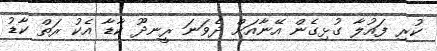
ކުރި ފައުލާ ގުޅިގެން އޭނާއަށް ދެވަނަ ރީނދޫ ކާޑާ އެކު ރަތް ކާޑު